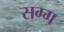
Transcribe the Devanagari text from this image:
सग्ग